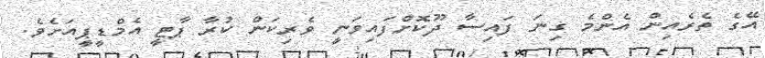
އޭގެ ތެރެއިން އެންމެ ގިނަ ފައިސާ ދޫކޮށްފައިވަނީ ވެރިކަން ކުރާ ޕާޓީ އެމްޑީޕީއަށެވެ.